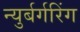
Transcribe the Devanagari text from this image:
न्युर्बर्गरिंग